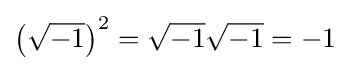
\left({\sqrt {-1}}\right)^{2}={\sqrt {-1}}{\sqrt {-1}}=-1